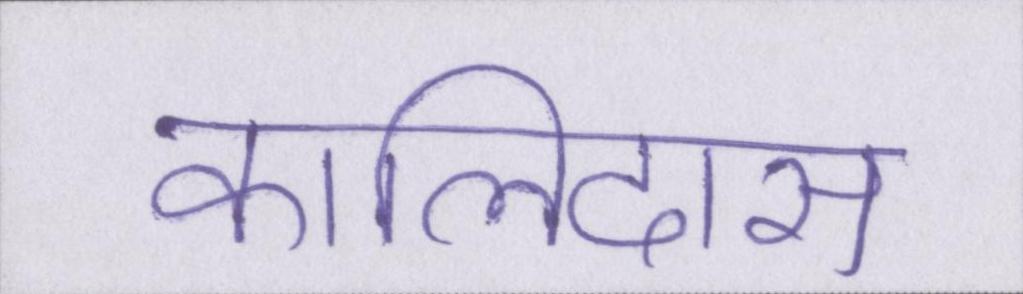
कालिदास